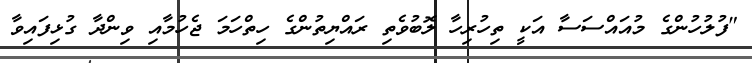
"ފުލުހުންގެ މުއައްސަސާ އަކީ ތިހުރިހާ ލޮބުވެތި ރައްޔިތުންގެ ހިތްހަމަ ޖެހުމާއި ވިންދާ ގުޅިފައިވާ